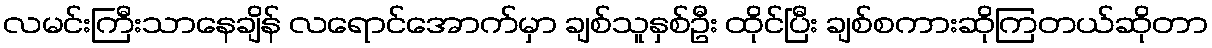
လမင်းကြီးသာနေချိန် လရောင်အောက်မှာ ချစ်သူနှစ်ဦး ထိုင်ပြီး ချစ်စကားဆိုကြတယ်ဆိုတာ